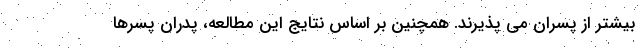
بیشتر از پسران می پذیرند. همچنین بر اساس نتایج این مطالعه، پدران پسرها